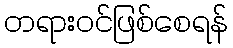
တရားဝင်ဖြစ်စေရန်